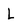
Character: L